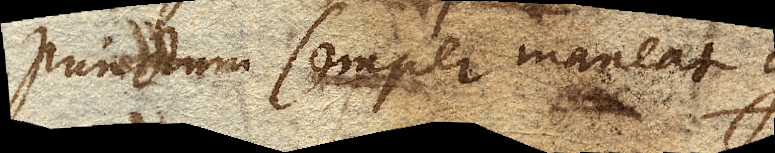
punctum semper maneat g.